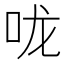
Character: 咙